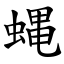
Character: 蝿